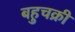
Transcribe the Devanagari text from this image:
बहुचक्री